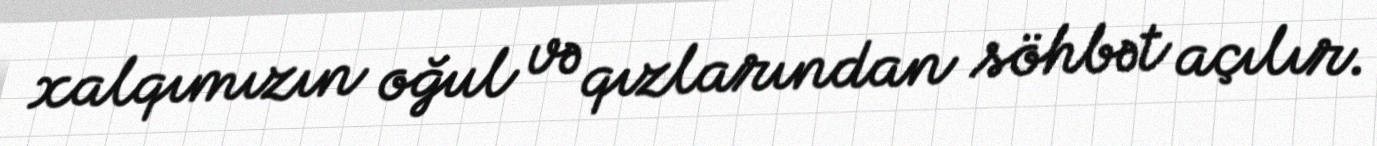
xalqımızın oğul və qızlarından söhbət açılır.